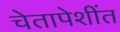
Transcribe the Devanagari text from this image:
चेतापेशींत